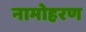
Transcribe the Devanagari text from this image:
नामोहरण